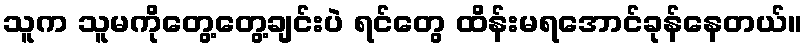
သူက သူမကိုတွေ့တွေ့ချင်းပဲ ရင်တွေ ထိန်းမရအောင်ခုန်နေတယ်။